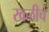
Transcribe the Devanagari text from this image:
खळीचे